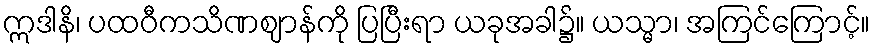
ဣဒါနိ၊ ပထဝီကသိဏဈာန်ကို ပြပြီးရာ ယခုအခါ၌။ ယသ္မာ၊ အကြင်ကြောင့်။